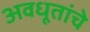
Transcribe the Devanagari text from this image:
अवधूतांचे